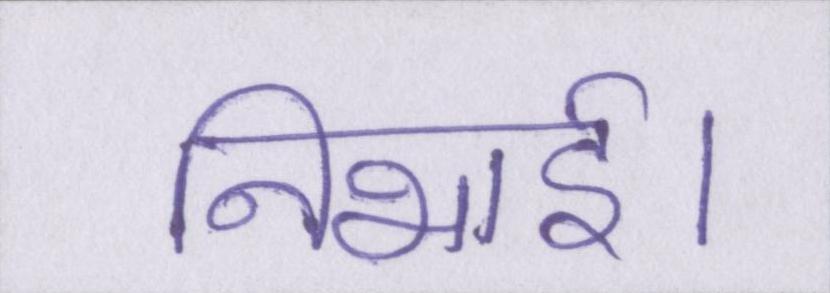
निभाई।